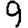
Digit: 9